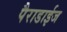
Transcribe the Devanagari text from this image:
पैराडाईज